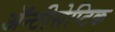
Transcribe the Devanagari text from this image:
ॲन्टीसेप्टिक